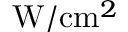
\mathrm { W } / \mathrm { c m } ^ { 2 }